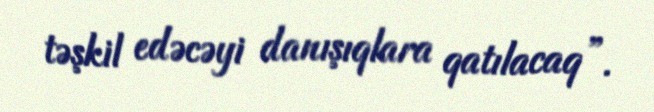
təşkil edəcəyi danışıqlara qatılacaq”.